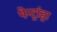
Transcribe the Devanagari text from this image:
पेन्ट्रांड्रा